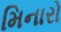
મિનારો